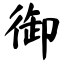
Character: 御